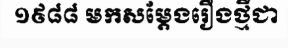
១៩៨៨ មកសម្តែងរឿងថ្មីជា